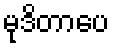
မုဒိတာပေ